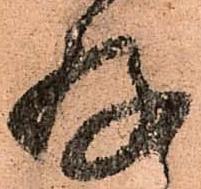
存